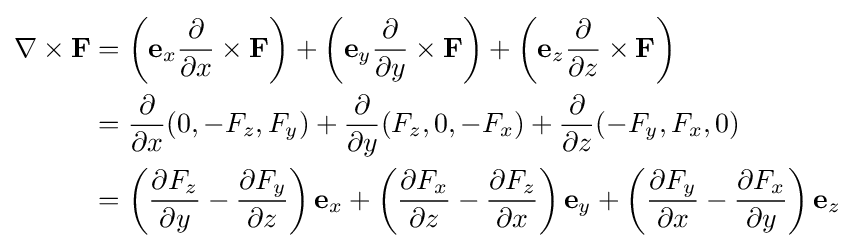
{\begin{aligned}\nabla \times \mathbf {F} &=\left(\mathbf {e} _{x}{\partial  \over \partial x}\times \mathbf {F} \right)+\left(\mathbf {e} _{y}{\partial  \over \partial y}\times \mathbf {F} \right)+\left(\mathbf {e} _{z}{\partial  \over \partial z}\times \mathbf {F} \right)\\&={\partial  \over \partial x}(0,-F_{z},F_{y})+{\partial  \over \partial y}(F_{z},0,-F_{x})+{\partial  \over \partial z}(-F_{y},F_{x},0)\\&=\left({\partial F_{z} \over \partial y}-{\partial F_{y} \over \partial z}\right)\mathbf {e} _{x}+\left({\partial F_{x} \over \partial z}-{\partial F_{z} \over \partial x}\right)\mathbf {e} _{y}+\left({\partial F_{y} \over \partial x}-{\partial F_{x} \over \partial y}\right)\mathbf {e} _{z}\end{aligned}}